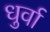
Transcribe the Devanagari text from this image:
धुर्वा